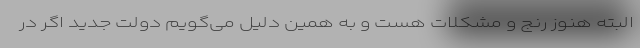
البته هنوز رنج و مشکلات هست و به همین دلیل می‌گویم دولت جدید اگر در